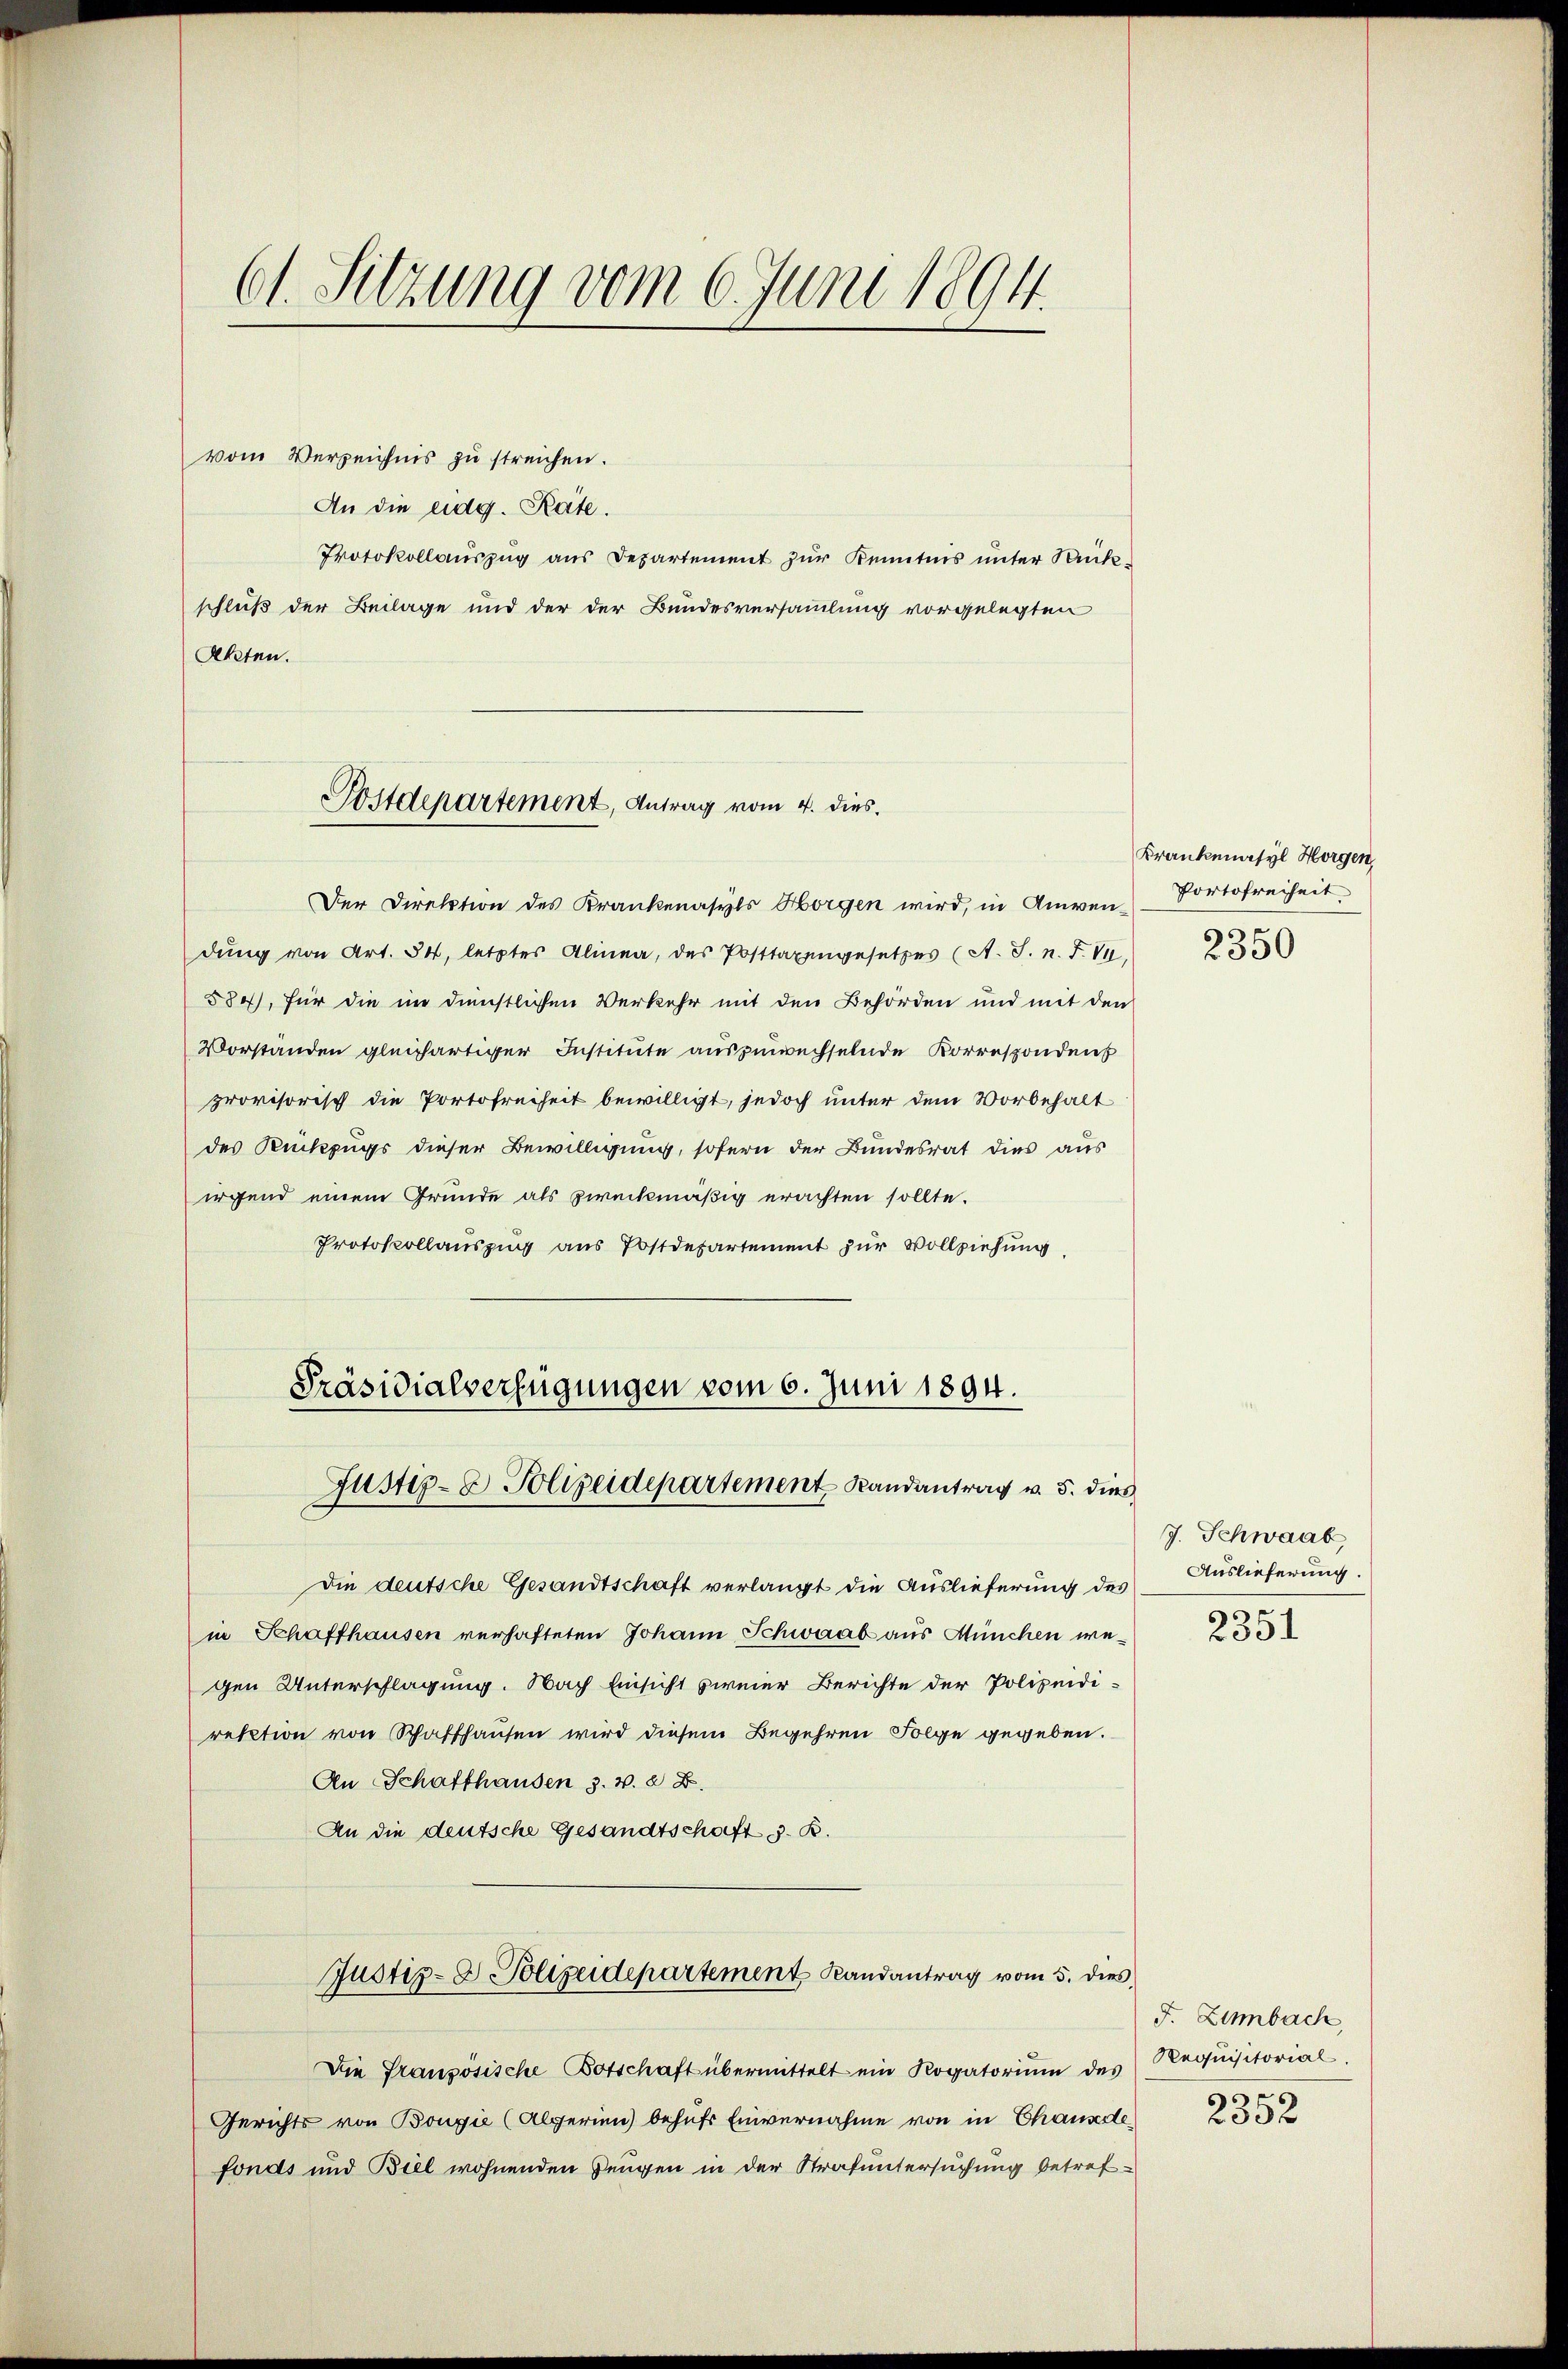
Ct. Sitzung vom 6. Juni 1894.

vom Verzeichnis zu streichen.
An die eidg. Rate.
Protokollauszug aus Departement zur Kenntnis unter Rückschluß der Beilage und der der Bundesversammlung vorgelegten
Akten.

Postdepartement, Antrag vom 4. dies

Präsidialverfügungen vom 6. Juni 1894.
Justiz- & Polizeidepartement Randantrag v. 5. dies

Der Direktion des Krankenasyls Horgen wird, in Anwen-
dung von Art. 54, letztes Alinea, des Posttaxengesetzes (A. S. n. F. VII.
584), für die im dienstlichen Verkehr mit den Behörden und mit den
Vorstanden gleichartiger Institute auszuwechselnde Korresponden
provisorisch die Portofreiheit bewilligt, jedoch unter dem Vorbehalt
des Rückzugs dieser Bewilligung, sofern der Bundesrat dies aus
irgend einem Gründe als zweckmäßig erachten sollte.
Protokollauszug aus Postdepartement zur Vollziehung,
Die deutsche Gesandtschaft verlangt die Auslieferung des
in Schaffhausen verhafteten Johann Schwaab aus München wegen Unterschlagung. Nach Einsicht zweier Berichte der Polizeidirektion von Schaffhausen wird diesem Begehren Folge gegeben.
An Schaffhausen 3. v. 8 B.
An die deutsche Gesandtschaft z. B.
Justiz- & Polizeidepartement Randantrag vom 5. dies
Die Französische Botschaft übermittelt ein Rogatorium des
Gerichts von Bougie (Algerien) behufs Einvernahme von in Channde
fonds und Biel wohnenden Zeugen in der Strafuntersuchung betref¬

Krankenasyl Horgen,
Portofreiheit
s
2330

J. Schwaab
Auslieferung.

2351

J. Zimbach,
Requisitorial.

2352